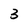
Character: 3